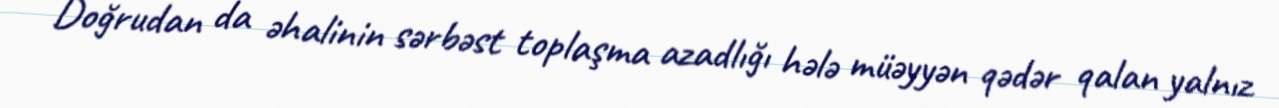
Doğrudan da əhalinin sərbəst toplaşma azadlığı hələ müəyyən qədər qalan yalnız